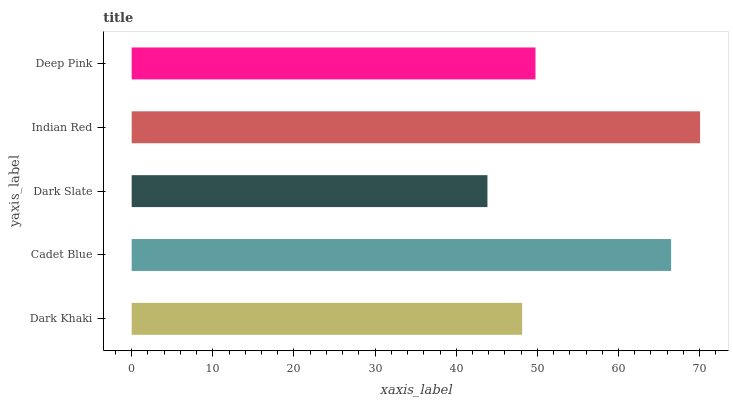
| yaxis_label | bars |
 | --- | --- |
 | Dark Khaki | 48.1 |
 | Cadet Blue | 66.5 |
 | Dark Slate | 43.8 |
 | Indian Red | 70.1 |
 | Deep Pink | 49.8 |